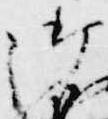
御